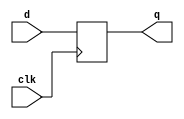
module top_module(
    input clk,
    input d,
    output reg q
);    // Use a clocked always block
    //   copy d to q at every positive edge of clk
    //   Clocked always blocks should use non-blocking assignments


    always @(posedge clk) 
        q<=d;
    

endmodule